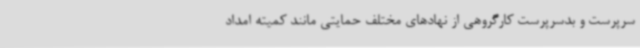
سرپرست و بدسرپرست کارگروهی از نهادهای مختلف حمایتی مانند کمیته امداد